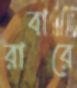
রাবারে